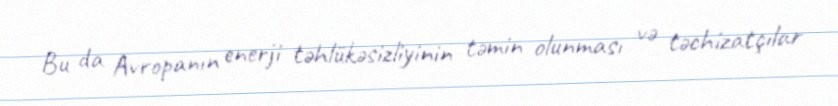
Bu da Avropanın enerji təhlükəsizliyinin təmin olunması və təchizatçılar